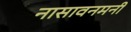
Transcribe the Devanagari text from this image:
नासावनमनी